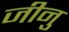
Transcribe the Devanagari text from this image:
जीनु